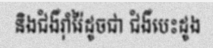
និងជំងឺរ៉ាំរ៉ៃដូចជា ជំងឺបេះដូង